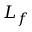
L _ { f }